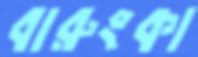
বারুংকা